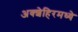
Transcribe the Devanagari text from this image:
अक्शेहिरमध्ये